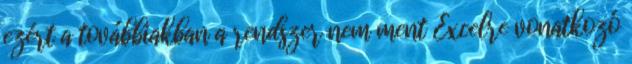
ezért a továbbiakban a rendszer nem ment Excelre vonatkozó